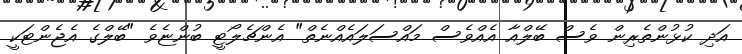
އަދި ކުޅުންތެރިން ވެސް ބޭލްއާ އެއްވެސް މައްސަލައެއްނެތް" އެންޗެލޯޓީ ބުންޏެވެ "ބޭލްގެ އެޖެންޓަކީ